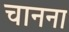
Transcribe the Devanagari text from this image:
चानना